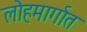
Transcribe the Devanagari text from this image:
लोहमार्गात